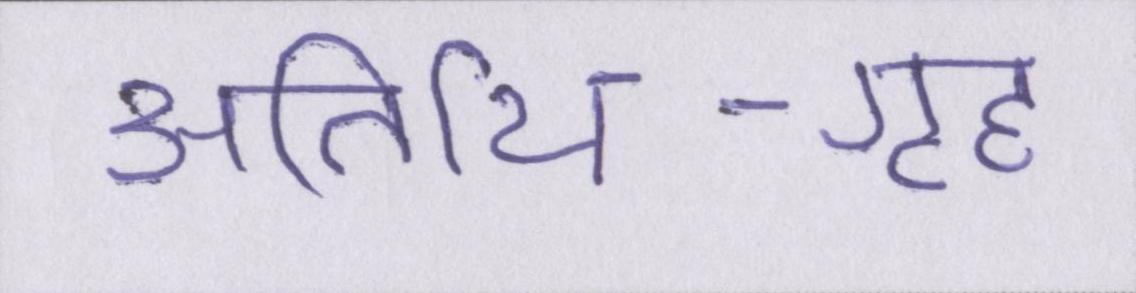
अतिथि-गृह